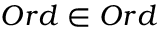
O r d \in O r d